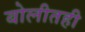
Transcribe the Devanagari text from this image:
बोलीतही